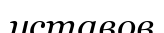
уставов